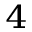
^ 4